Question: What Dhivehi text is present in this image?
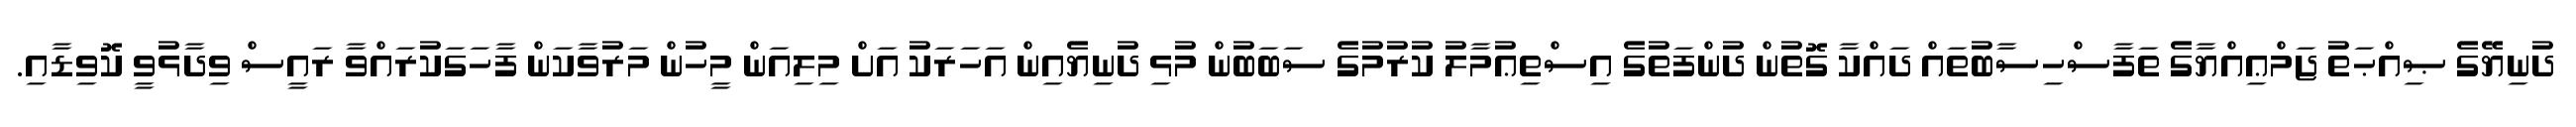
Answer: ދުނިޔޭގެ ޞިއްޙަތު ޖަމްޢިއްޔާގެ ތަފާސްހިސާބުތައް ދައްކާ ގޮތުން ދުންފަތުގެ އިސްތިޢުމާލު ކުރުމުގެ ސަބަބުން މުޅި ދުނިޔެއިން އަހަރަކު އަށް މިލިއަން މީހުން މަރުވާކަން ފާހަގަކުރައްވާ ރައީސް ވިދާޅުވީ ކޮވިޑާއި.